Report of the Indian Hemp Drugs Commission, 1894-1895 - Volume II
Year: 1894
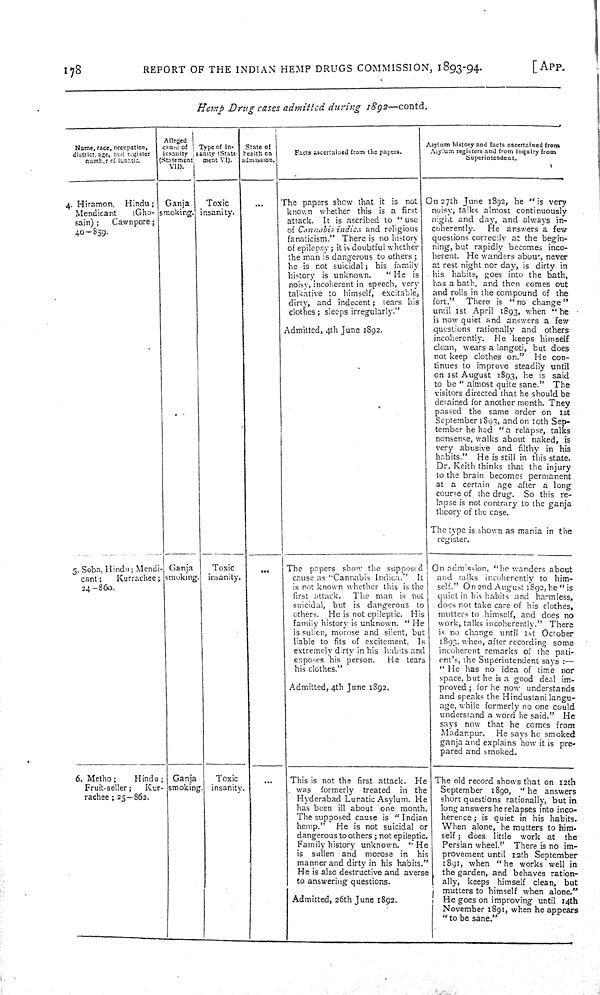
178
REPORT OF THE INDIAN HEMP DRUGS COMMISSION, 1893-94.
[ APP.
Hemp Drug cases admitted during 1892—contd.
Name, race, occupation,
district, age, and register
number of lunatic.
AIleged
cause of
insanity
statement
VII).
Type of
in-
sanity (State-
ment VI).
State of
health on
admission.
Facts ascertained from the papers.
Asylum history and facts ascertained from
Asylum registers and from inquiry from
Superintendent.
4. Hiramon, Hindu;
Mendicant
(Gho-
sain);
Cawnpore;
40—859.
Ganja
smoking.
Toxic
insanity.
The papers show that it is not
known whether this is a first
attack. It is ascribed to "use
of Cannabis indica and religious
fanaticism." There is no history
of epilepsy; it is doubtful whether
the man is dangerous to others;
he is not suicidal; his family
history is unknown.
"He is
noisy, incoherent in speech, very
talkative to himself, excitable,
dirty, and indecent; tears his
clothes; sleeps irregularly."
Admitted, 4th June 1892.
On 27th June 1892, he "is very
noisv, talks almost continuously
night and day, and always in-
coherently.
He answers a few
questions correctly at the begin-
ning, but rapidly becomes inco-
herent. He wanders about, never
at rest night nor day, is dirty in
his habits, goes into the bath,
has a bath, and then comes out
and rolls in the compound of the
fort."
There is "no change"
until 1st April 1893, when "he
is now quiet and answers a few
questions rationally and others
incoherently. He keeps himself
clean, wears a langoti, but does
not keep clothes on." He con-
tinues to improve steadily until
on 1st August 1893, he is said
to be "almost quite sane." The
visitors directed that he should be
detained for another month. They
passed the same order on 1st
September 1893, and on 10th Sep-
tember he had "a relapse, talks
nonsense, walks about naked, is
very abusive and filthy in his
habits." He is still in this state.
Dr. Keith thinks that the injury
to the brain becomes permanent
at a certain age after a long
course of the drug. So this re-
lapse is not contrary to the ganja
theory of the case.
The type is shown as mania in the
register.
5. Soba, Hindu; Mendi-
cant;
Kurrachee;
24—860.
Ganja
smoking.
Toxic
insanity.
The papers show the supposed
cause as "Cannabis Indica." It
is not known whether this is the
first attack.
The man is not
suicidal, but is dangerous to
others. He is not epileptic. His
family history is unknown. "He
is sullen, morose and silent, but
liable to fits of excitement. Is
extremely dirty in his habits and
exposes his person.
He tears
his clothes."
Admitted, 4th June 1892.
On admission, "he wanders about
and talks incoherently to him-
self." On 2nd August 1892, he "is
quiet in his habits and harmless,
does not take care of his clothes,
mutters to himself, and does no
work, talks incoherently." There
is no change until 1st October
1893, when, after recording some
incoherent remarks of the pati-
ent's,
the Superintendent says:—
"He has no idea of time nor
space, but he is a good deal im-
proved; for he now understands
and speaks the Hindustani langu-
age, while formerly no one could
understand a word he said." He
says now that he comes from
Madanpur.
He says he smoked
ganja and explains how it is pre-
pared and smoked.
6. Metho;
Hindu;
Fruit-seller;
Kur-
rachee; 25—862.
Ganja
smoking.
Toxic
insanity.
This is not the first attack. He
was formerly treated in the
Hyderabad Lunatic Asylum. He
has been ill about one month
The supposed cause is "Indian
hemp."
He is not suicidal or
dangerous to others; not epileptic.
Family history unknown. "He
is sullen and morose in his
manner and dirty in his habits
He is also destructive and averse
to answering questions.
Admitted, 26th June 1892.
The old record shows that on 12th
September 1890, "he answers
short questions rationally, but in
long answers he relapses into inco-
herence; is quiet in his habits.
When alone, he mutters to him-
self; does little work at the
Persian wheel." There is no im-
provement until 12th September
1891, when "he works well in
the garden, and behaves ration-
ally, keeps himself clean, but
mutters to himself when alone."
He goes on improving until 14th
November 1891, when he appears
"to be sane."